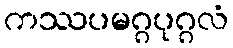
ကဿပမဂ္ဂပုဂ္ဂလံ